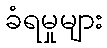
ခံရမှုများ